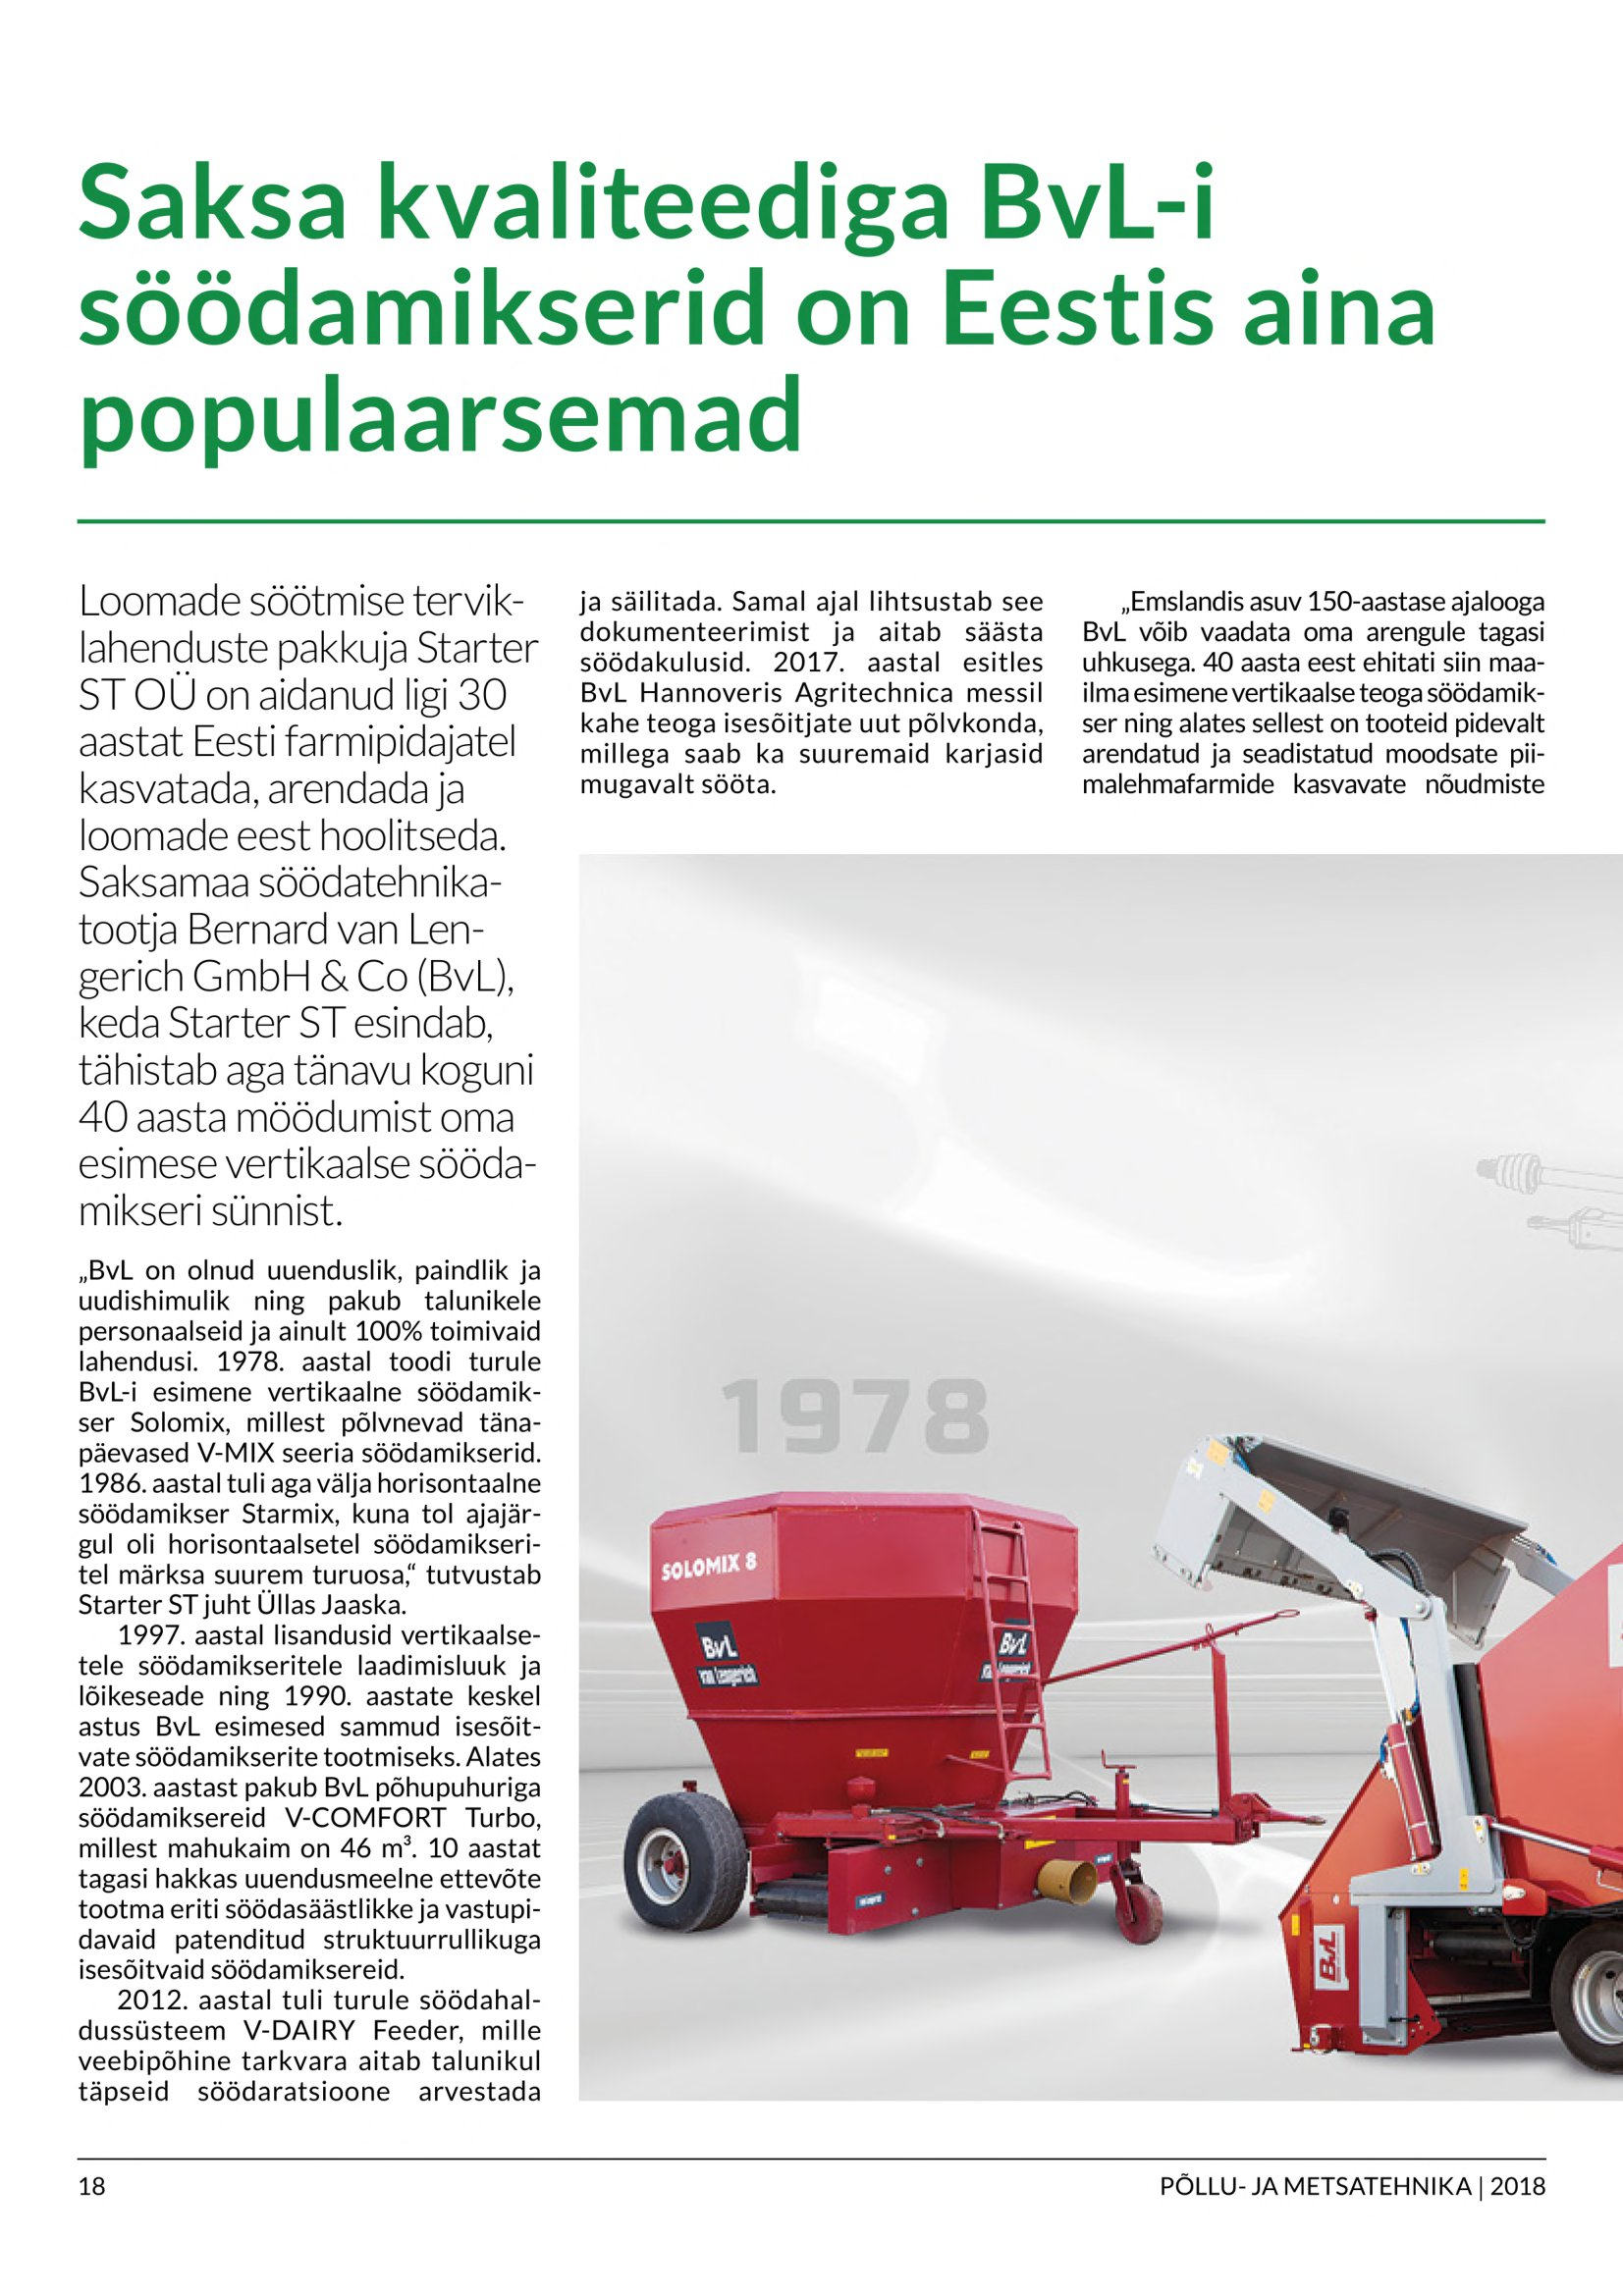
Language: et